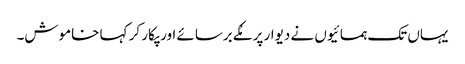
یہاں تک ہمسائیوں نے دیوار پر مُکے برسائے اور پکار کر کہا خاموش۔